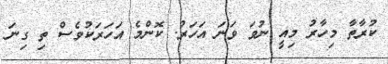
ކުރާތާ މިހާރު މިއީ ނުވަ ވަނަ އަހަރު. ކޮންމެ އަހަރަކުވެސް ތި ގިނަ